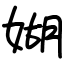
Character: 媩